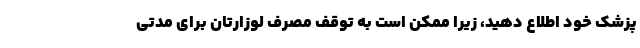
پزشک خود اطلاع دهید، زیرا ممکن است به توقف مصرف لوزارتان برای مدتی